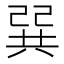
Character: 𢁉